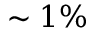
\sim 1 \%